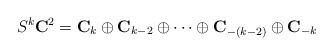
LaTeX: \begin{align*}S^k\mathbf C^2=\mathbf C_k \oplus \mathbf C_{k-2} \oplus \cdots \oplus\mathbf C_{-(k-2)} \oplus \mathbf C_{-k}\end{align*}